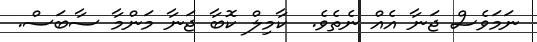
ނަމަވެސް ޖަނާ އެއް ނެތެވެ.  ކާމިލް ކޮބާ ޖަނާ މަންމާ ސާބަސް.